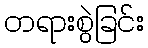
တရားစွဲခြင်း